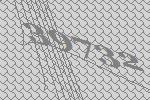
39732